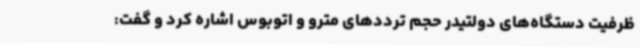
ظرفیت دستگاه‌های دولتیدر حجم ترددهای مترو و اتوبوس اشاره کرد و گفت: